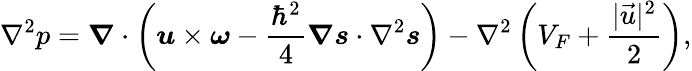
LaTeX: \nabla^{2}p=\boldsymbol{\nabla}\cdot\left(\boldsymbol{u}\times\boldsymbol{\omega}-\frac{\hbar^{2}}{4}\boldsymbol{\nabla}\boldsymbol{s}\cdot\nabla^{2}\boldsymbol{s}\right)-\nabla^{2}\left(V_{F}+\frac{|\vec{u}|^{2}}{2}\right),